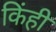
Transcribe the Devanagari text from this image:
किंही